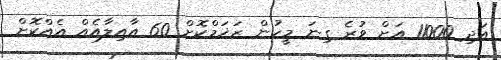
އަދި 11000 އަށް ވުރެ ގިނަ މީހުން ޒަޚަމްކޮށް 60 އާއިލާއެއް އެއްކޮށް